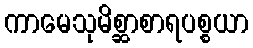
ကာမေသုမိစ္ဆာစာရပစ္စယာ